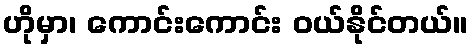
ဟိုမှာ၊ ကောင်းကောင်း ဝယ်နိုင်တယ်။